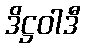
ဒိဋ္ဌဝါဒီ